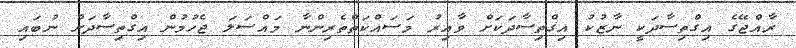
ރާއްޖޭގެ އިގްތިސާދަކީ ނާޒުކު އިގްތިސާދަކަށް ވާއިރު މަސައްކަތްތެރިންނާ މައްސަލަ ޖެހުމުން އިގްތިސާދަށް ނުބައި